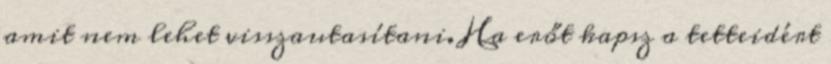
amit nem lehet visszautasítani. Ha erőt kapsz a tetteidért